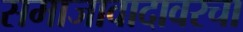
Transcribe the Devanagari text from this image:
समाजावादावरचा